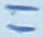
Text: 11